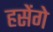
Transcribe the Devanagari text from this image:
हसेंगे